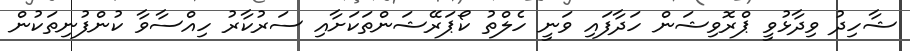
ޝާހިދު ވިދާޅުވީ ޕްރޮވިޝަން ހަދާފައި ވަނީ ހެލްތު ކޯޕަރޭޝަންތަކަށާއި ސަރުކާރު ހިއްސާވާ ކުންފުނިތަކުން